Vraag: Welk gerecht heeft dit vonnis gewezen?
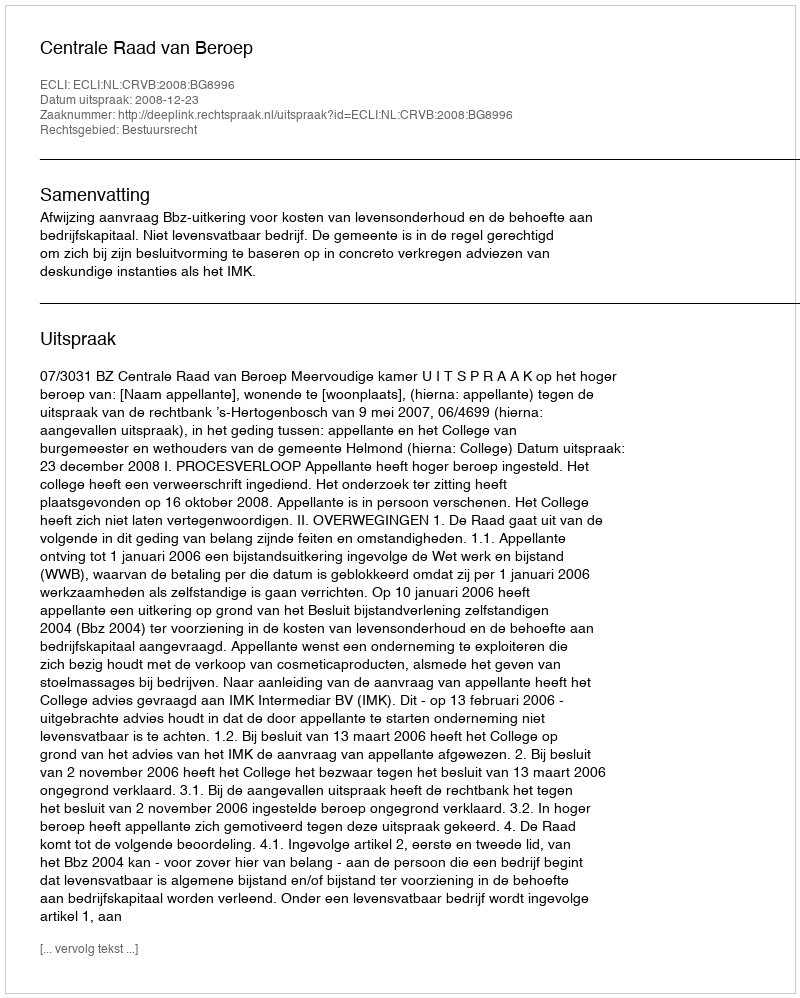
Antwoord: Centrale Raad van Beroep